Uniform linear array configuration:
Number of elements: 12
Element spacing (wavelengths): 0.5
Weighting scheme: kaiser
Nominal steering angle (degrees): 45
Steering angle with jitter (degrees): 45.777
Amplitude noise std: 0.05
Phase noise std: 0.05

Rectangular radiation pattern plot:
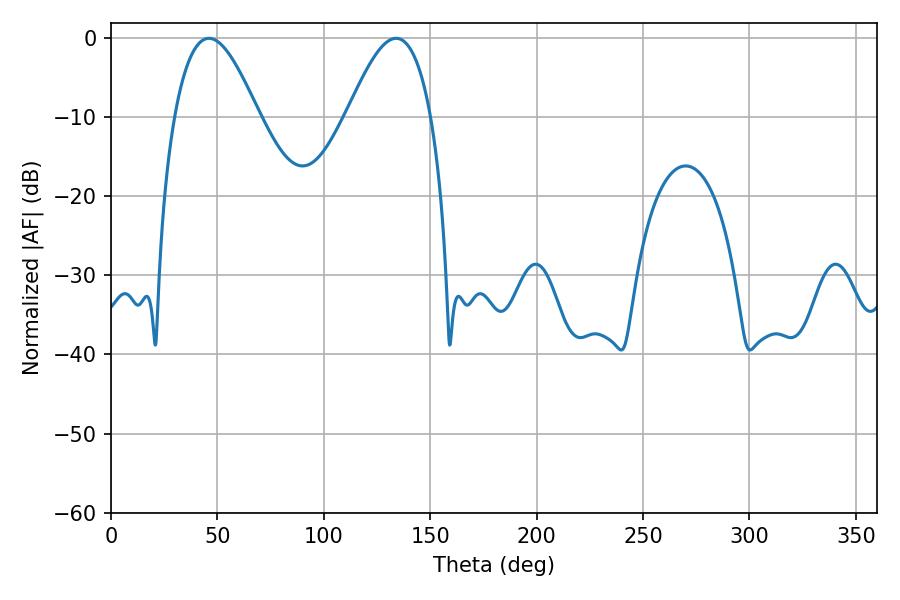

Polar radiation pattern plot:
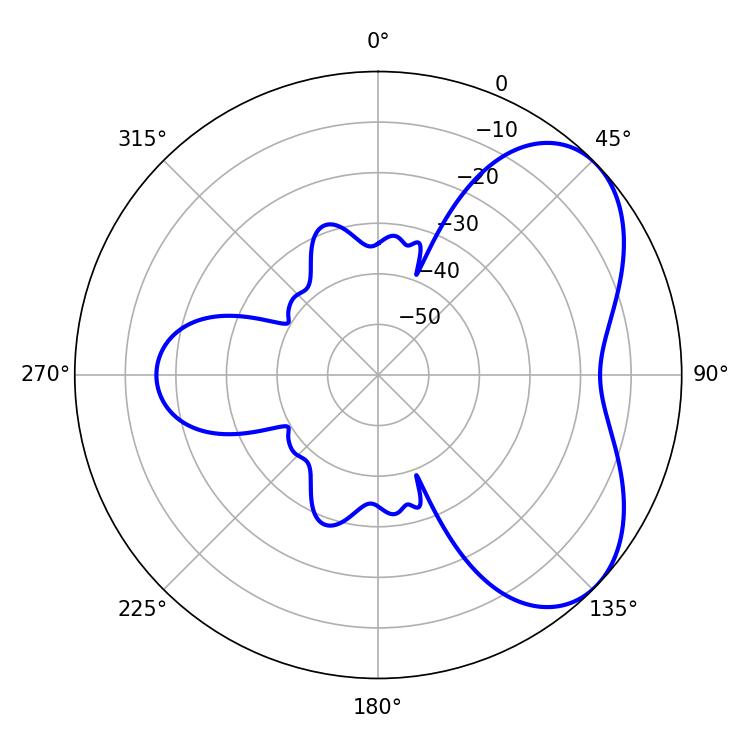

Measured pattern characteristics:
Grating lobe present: FALSE
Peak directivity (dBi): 5.208
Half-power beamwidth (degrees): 21.24
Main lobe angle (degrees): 133.92